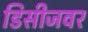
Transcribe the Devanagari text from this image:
डिसीजवर